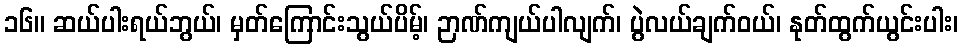
၁၆။ ဆယ်ပါးရယ်ဘွယ်၊ မှတ်ကြောင်းသွယ်ပိမ့်၊ ဉာဏ်ကျယ်ပါလျက်၊ ပွဲလယ်ချက်ဝယ်၊ နုတ်ထွက်ယွင်းပါး၊